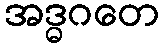
အဒ္ဓဂတေ